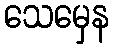
သေမှေန